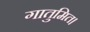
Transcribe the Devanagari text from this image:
गातुमित।